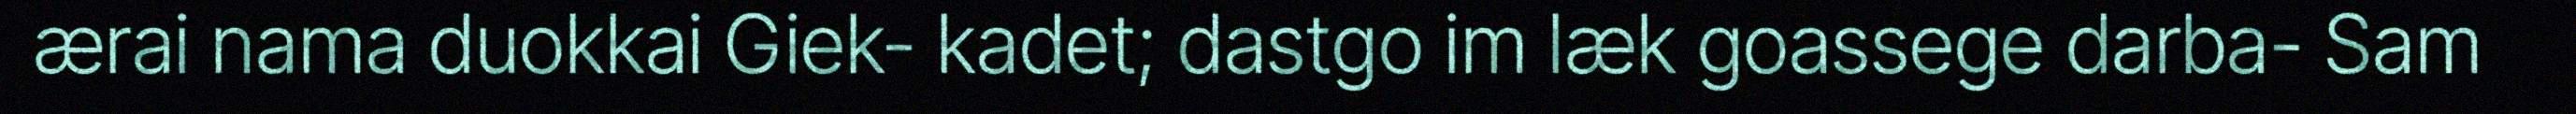
ærai nama duokkai Giek- kadet; dastgo im læk goassege darba- Sam